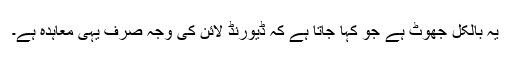
یہ بالکل جھوٹ ہے جو کہا جاتا ہے کہ ڈیورنڈ لائن کی وجہ صرف یہی معاہدہ ہے۔